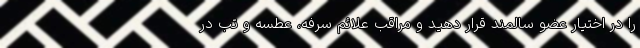
را در اختیار عضو سالمند قرار دهید و مراقب علائم سرفه، عطسه و تب در